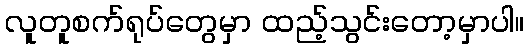
လူတူစက်ရုပ်တွေမှာ ထည့်သွင်းတော့မှာပါ။